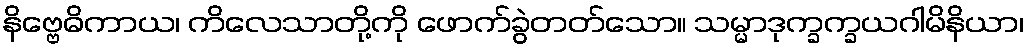
နိဗ္ဗေဓိကာယ၊ ကိလေသာတို့ကို ဖောက်ခွဲတတ်သော။ သမ္မာဒုက္ခက္ခယဂါမိနိယာ၊